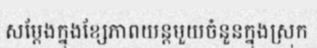
សម្តែងក្នុងខ្សែភាពយន្តមួយចំនួនក្នុងស្រុក